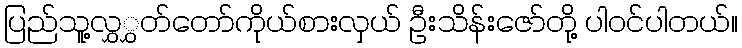
ပြည်သူ့လွှွှတ်တော်ကိုယ်စားလှယ် ဦးသိန်းဇော်တို့ ပါဝင်ပါတယ်။